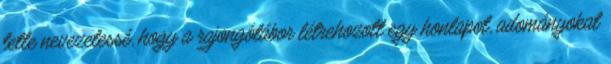
tette nevezetessé, hogy a rajongótábor létrehozott egy honlapot, adományokat